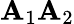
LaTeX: \mathbf{A}_{1}\mathbf{A}_{2}